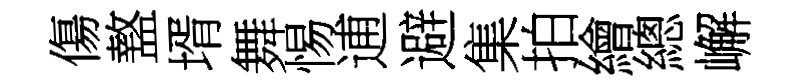
傷盩壻舞惕逋避集拍繪總嶰